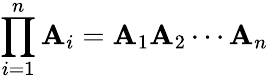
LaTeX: \prod_{i=1}^{n}\mathbf{A}_{i}=\mathbf{A}_{1}\mathbf{A}_{2}\cdots\mathbf{A}_{n}